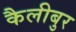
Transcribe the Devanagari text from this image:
कैलीबुर